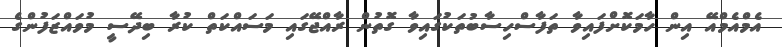
އެމްއެމްއޭ އިން ހާމަކޮށްފައިވާ ތަފާސްހިސާބުތަކުގައިވާ ގޮތުން ރާއްޖޭގައި މަަސައްކަތް ކުރާ ބިދޭސީ މުވައްޒަފުންގެ